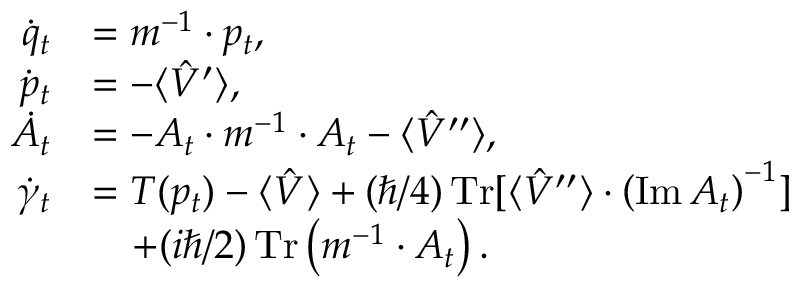
\begin{array} { r l } { \dot { q } _ { t } } & { = m ^ { - 1 } \cdot p _ { t } , } \\ { \dot { p } _ { t } } & { = - \langle \hat { V } ^ { \prime } \rangle , } \\ { \dot { A } _ { t } } & { = - A _ { t } \cdot m ^ { - 1 } \cdot A _ { t } - \langle \hat { V } ^ { \prime \prime } \rangle , } \\ { \dot { \gamma } _ { t } } & { = T ( p _ { t } ) - \langle \hat { V } \rangle + ( \hbar / 4 ) \operatorname * { T r } [ \langle \hat { V } ^ { \prime \prime } \rangle \cdot \left( \operatorname { I m } A _ { t } \right) ^ { - 1 } ] } \\ & { ~ ~ ~ + ( i \hbar / 2 ) \operatorname * { T r } \left( m ^ { - 1 } \cdot A _ { t } \right) . } \end{array}